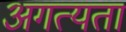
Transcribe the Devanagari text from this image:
अगत्यता